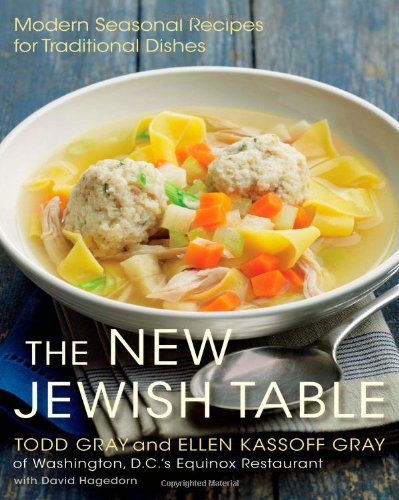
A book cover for The New Jewish Table: Modern Seasonal Recipes for Traditional Dishes; Todd Gray; Cookbooks, Food & Wine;